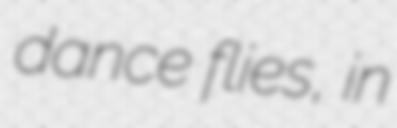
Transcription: dance flies, in